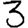
Digit: 3